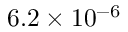
6 . 2 \times 1 0 ^ { - 6 }